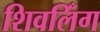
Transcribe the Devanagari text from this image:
शिवलिँग